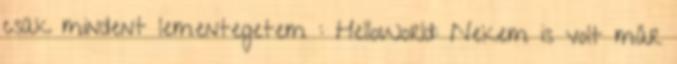
csak mindent lementegetem : HelloWorld: Nekem is volt már